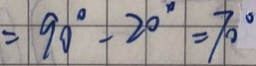
= 9 0 ^ { \circ } - 2 0 ^ { \circ } = 7 0 ^ { \circ }